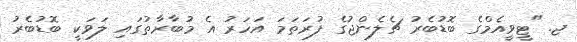
ޖ. "ޓީވީއެމްގެ ބޮޑުބެރު ޗެލެންޖުގެ ފުރަތަމަ އަހަރު އެ މުބާރާތުގައި ލަވަކީ ބޮޑުބެރު